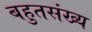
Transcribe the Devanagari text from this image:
बहुतसंख्य